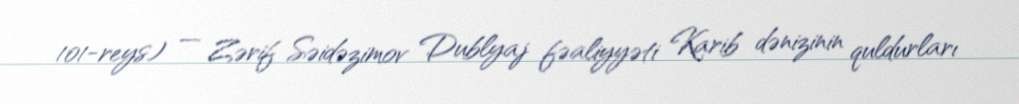
101-reys) — Zərif Səidəzimov Dublyaj fəaliyyəti Karib dənizinin quldurları